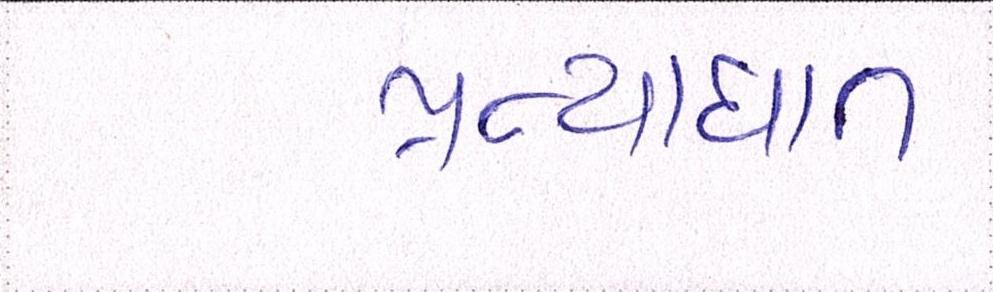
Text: પ્રત્યાઘાત